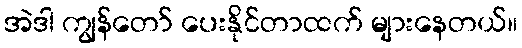
အဲဒါ ကျွန်တော် ပေးနိုင်တာထက် များနေတယ်။